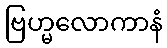
ဗြဟ္မလောကာနံ